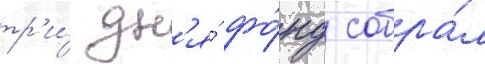
тр'и́ дн'я́ фо́нд собра́л